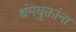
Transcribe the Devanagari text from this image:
धंमयुक्तांना